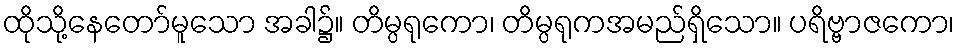
ထိုသို့နေတော်မူသော အခါ၌။ တိမ္ပရုကော၊ တိမ္ပရုကအမည်ရှိသော။ ပရိဗ္ဗာဇကော၊